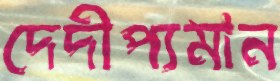
দেদীপ্যমান